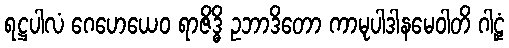
ရဋ္ဌပါလံ ဂေဟေယေဝ ရာဇိဒ္ဓိ ဥဘာဒိတော ကာမုပါဒါနမေဝါတိ ဂါဠှံ